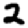
Digit: 2